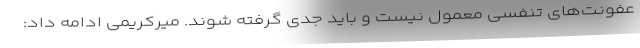
عفونت‌های تنفسی معمول نیست و باید جدی گرفته شوند. میرکریمی ادامه داد: